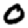
Digit: 0